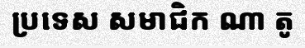
ប្រទេស សមាជិក ណា តូ